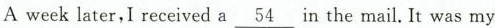
A week later, I received a \underline{54} in the mail. It was my